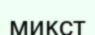
микст